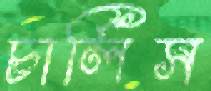
চার্লিস